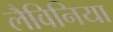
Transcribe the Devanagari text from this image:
लैविनिया